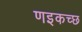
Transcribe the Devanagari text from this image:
णइकच्छ